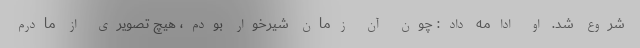
شروع شد. او ادامه داد: چون آن زمان شیرخوار بودم، هیچ تصویری از مادرم